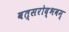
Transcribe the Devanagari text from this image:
वत्सरोद्भवम्